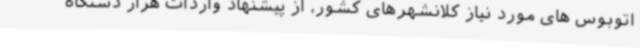
اتوبوس های مورد نیاز کلانشهرهای کشور، از پیشنهاد واردات هزار دستگاه